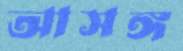
আসঙ্গ